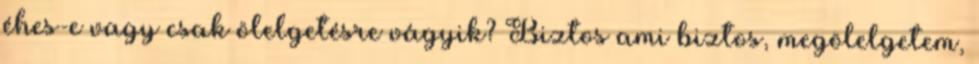
éhes-e vagy csak ölelgetésre vágyik? Biztos ami biztos, megölelgetem,